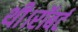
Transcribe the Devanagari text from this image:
थी।रॉबर्ट